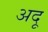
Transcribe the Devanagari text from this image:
अदू